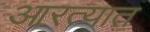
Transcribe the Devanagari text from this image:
आरत्यात